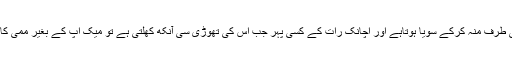
بعض اوقات اس کی چیخ اس لیے بھی نکل جاتی ہے کہ وہ اپنی ممی کی طرف منہ کرکے سویا ہوتاہے اور اچانک رات کے کسی پہر جب اس کی تھوڑی سی آنکھ کھلتی ہے تو میک اپ کے بغیر ممی کا چہرہ دیکھ کر اسے ایسا ہی لگتا ہے جیسے یہ واقعی کوئی’’ممی‘‘ ہے۔